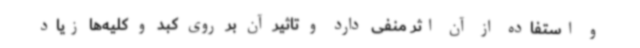
و استفاده از آن اثر منفی دارد و تاثیر آن بر روی کبد و کلیه‌ها زیاد